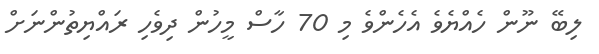
ލިބޭ ނޫން ހެއްޔެވެ އެހެންވެ މި 70 ހާސް މީހުން ދިވެހި ރައްޔިތުންނަށް